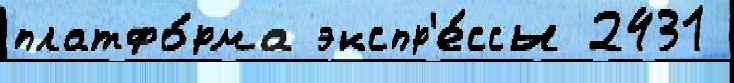
платфо́рма экспр'е́ссы 2431